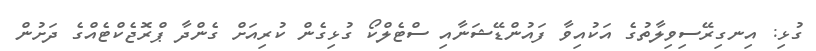
ގުޅި: އިނގިރޭސިވިލާތުގެ އަކުއިވާ ފައުންޑޭޝަނާއި ސްޓެލްކޯ ގުޅިގެން ކުރިއަށް ގެންދާ ޕްރޮޖެކްޓެއްގެ ދަށުން